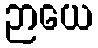
ဉာယေ